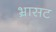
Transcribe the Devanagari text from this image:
भ्रासट